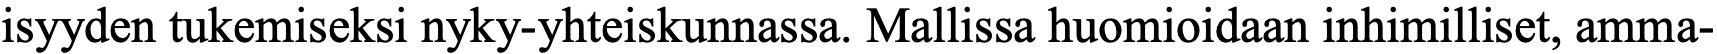
isyyden tukemiseksi nyky-yhteiskunnassa. Mallissa huomioidaan inhimilliset, amma-